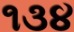
૧૩૪